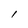
Character: 1